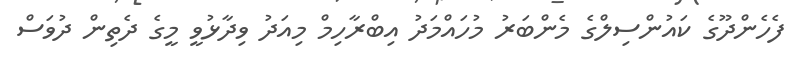
ފެހެންދޫގެ ކައުންސިލްގެ މެންބަރު މުހައްމަދު އިބްރާހިމް މިއަދު ވިދާޅުވީ މީގެ ދެތިން ދުވަސް